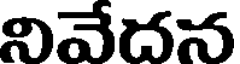
నివేదన